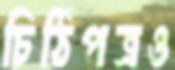
চিঠিপত্রও